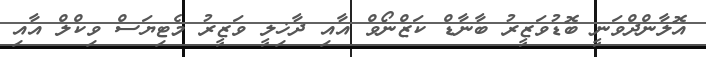
އޮލާންދްވަނީ ބޮޑުވަޒީރު ބާނާޑް ކަޒްނޯވް އާއި ދާޚިލީ ވަޒީރު މެޓިޔަސް ވިކްލް އާއި